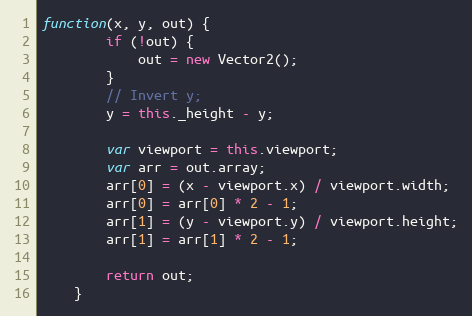
Language: JavaScript
function(x, y, out) {
        if (!out) {
            out = new Vector2();
        }
        // Invert y;
        y = this._height - y;

        var viewport = this.viewport;
        var arr = out.array;
        arr[0] = (x - viewport.x) / viewport.width;
        arr[0] = arr[0] * 2 - 1;
        arr[1] = (y - viewport.y) / viewport.height;
        arr[1] = arr[1] * 2 - 1;

        return out;
    }